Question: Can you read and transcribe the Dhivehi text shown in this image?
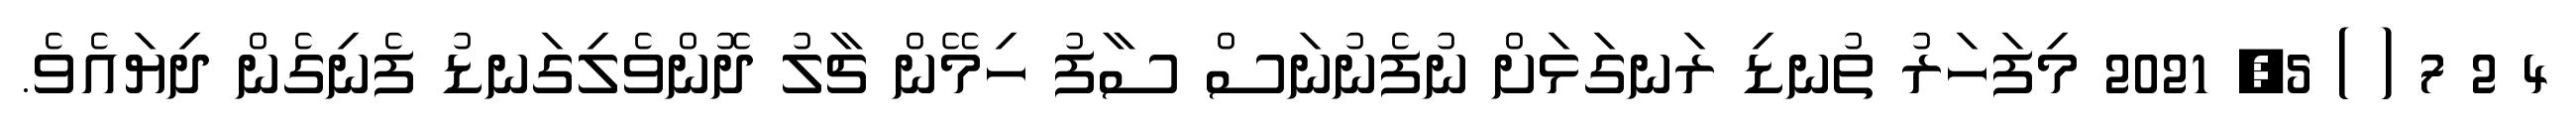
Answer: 4 2 7 ( ) 5, 2021 މިފަހަރު ތުނޑި ރަނގަޅަށް ނުފެނުނަސް ސާފު ހިމޭން ޗާލު ދޮންވެލިގަނޑު ފެނިގެން ދިޔައެވެ.